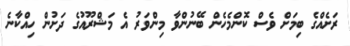
ރަށެއްގެ ބިމަށް ވެސް ކޮންމެހެން ބޭނުންވާ މިންވަރު އެ މަޝްރޫއުގެ ދަށުން ހިއްކާނެ